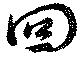
回